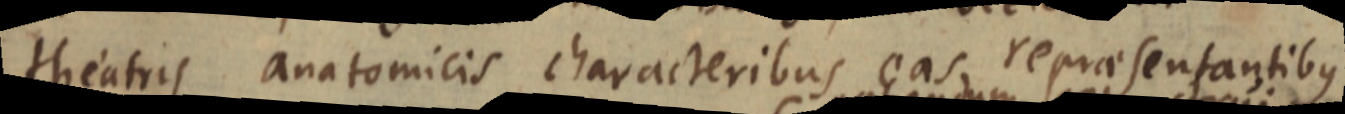
theatris anatomicis, characteribus eas repraesentantibus